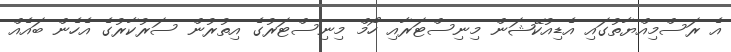
އެ ރަސްމިއްޔާތުގައި އެޑިއުކޭޝަން މިނިސްޓަރާއި ހޯމް މިނިސްޓަރުގެ އިތުރުން ސަރުކާރުގެ އެހެން ބައެއް